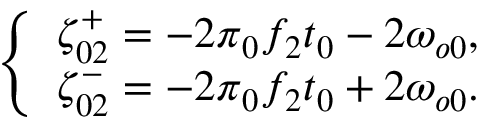
\left\{ \begin{array} { c } { \zeta _ { 0 2 } ^ { + } = - 2 \pi \phantom { } _ { 0 } f _ { 2 } t _ { 0 } - 2 \omega _ { o 0 } , } \\ { \zeta _ { 0 2 } ^ { - } = - 2 \pi \phantom { } _ { 0 } f _ { 2 } t _ { 0 } + 2 \omega _ { o 0 } . } \end{array} \right.